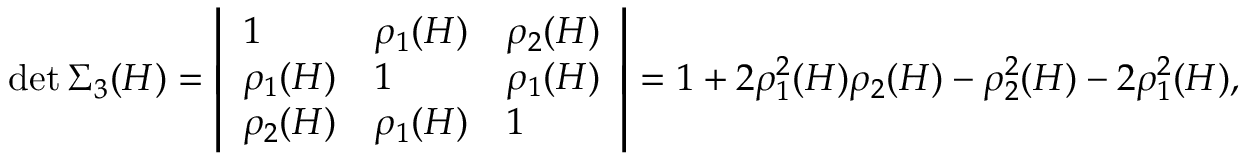
\operatorname* { d e t } \Sigma _ { 3 } ( H ) = \left| \begin{array} { l l l } { 1 } & { \rho _ { 1 } ( H ) } & { \rho _ { 2 } ( H ) } \\ { \rho _ { 1 } ( H ) } & { 1 } & { \rho _ { 1 } ( H ) } \\ { \rho _ { 2 } ( H ) } & { \rho _ { 1 } ( H ) } & { 1 } \end{array} \right| = 1 + 2 \rho _ { 1 } ^ { 2 } ( H ) \rho _ { 2 } ( H ) - \rho _ { 2 } ^ { 2 } ( H ) - 2 \rho _ { 1 } ^ { 2 } ( H ) ,